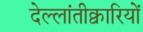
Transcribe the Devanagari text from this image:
देल्लांतीक्वारियों